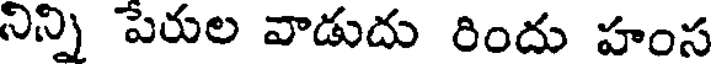
నిన్ని పేరుల వాడుదు రిందు హంస